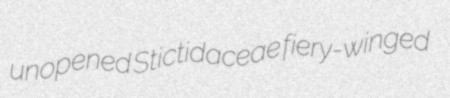
unopened Stictidaceae fiery-winged